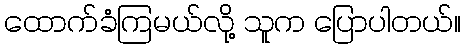
ထောက်ခံကြမယ်လို့ သူက ပြောပါတယ်။